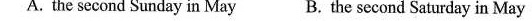
A. the second Sunday in May B. The second Saturday in May